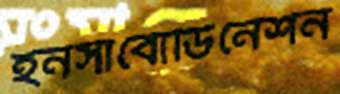
ইনসাবোডিনেশন